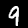
Label: 9